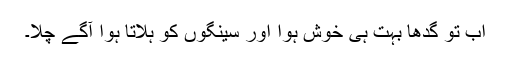
اب تو گدھا بہت ہی خوش ہوا اور سینگوں کو ہلاتا ہوا آگے چلا۔